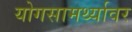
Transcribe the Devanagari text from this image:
योगसामर्थ्यावर